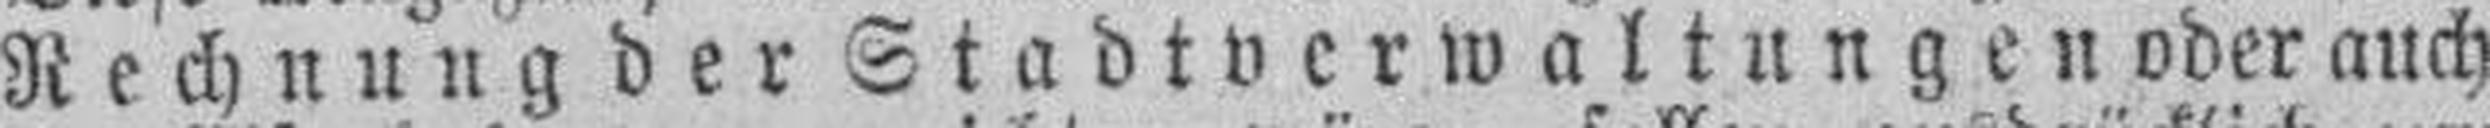
Rechnung der Stadtverwaltungen oder auch